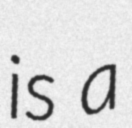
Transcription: is a